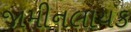
જામીનલાયક